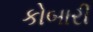
કોબારી